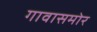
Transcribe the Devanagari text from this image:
गावासमोर